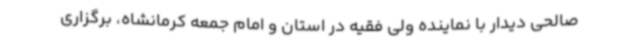
صالحی دیدار با نماینده ولی فقیه در استان و امام جمعه کرمانشاه، برگزاری